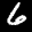
Label: 6